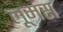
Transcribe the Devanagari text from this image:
लूमस